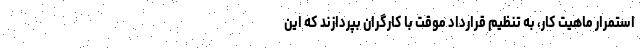
استمرار ماهیت کار، به تنظیم قرارداد موقت با کارگران بپردازند که این